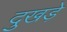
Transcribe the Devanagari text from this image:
दुखड़े